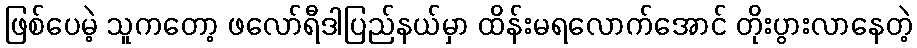
ဖြစ်ပေမဲ့ သူကတော့ ဖလော်ရီဒါပြည်နယ်မှာ ထိန်းမရလောက်အောင် တိုးပွားလာနေတဲ့